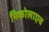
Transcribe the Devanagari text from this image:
निकोलाएव